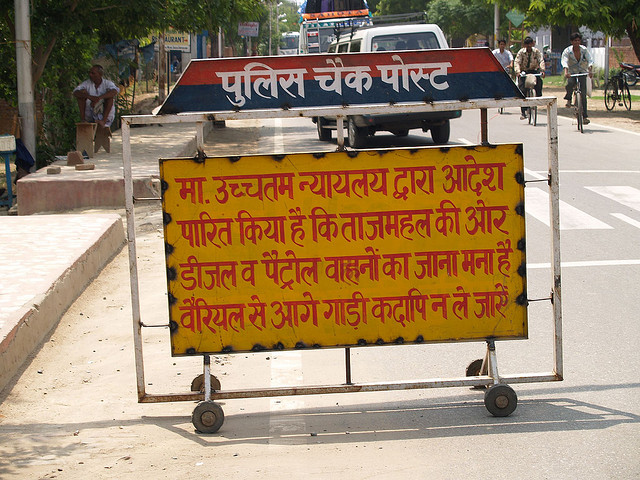
Language: hindi
Transcription: चैक मा, उचतम पेट्रोल मना पुलिस पोस्ट द्वारा पारित किया है ताजमहल ओर की डीजल वाहनों जाना है कदापि न ले से कि व वैरियल न्यायलय जासें का